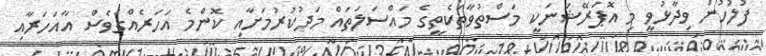
ފުލުހުން ވިދާޅުވީ މި އޮޕަރޭޝަނަކީ މަސްތުވާތަކެތީގެ މައްސަލަތައް މަދުކުރުމަށާއި ކޮންމެ އަހަރެއްގެވެސް އާއަހަރާއި